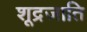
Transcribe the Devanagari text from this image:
शूद्रजाति